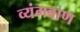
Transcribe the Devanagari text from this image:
व्यंगबाण